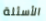
الأسئلة